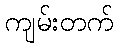
ကျမ်းတက်